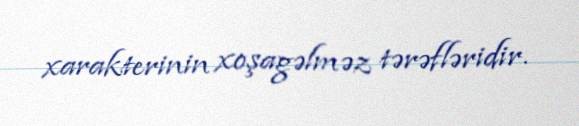
xarakterinin xoşagəlməz tərəfləridir.